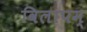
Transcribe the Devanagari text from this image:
विलापम्